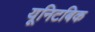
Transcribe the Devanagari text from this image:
यूनिटबिक